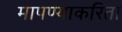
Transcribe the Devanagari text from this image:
मापण्याकरिता